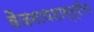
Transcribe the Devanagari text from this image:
वैजनाथशास्त्रींना